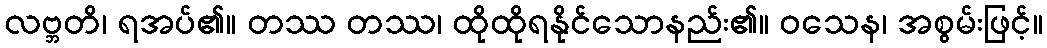
လဗ္ဘတိ၊ ရအပ်၏။ တဿ တဿ၊ ထိုထိုရနိုင်သောနည်း၏။ ဝသေန၊ အစွမ်းဖြင့်။